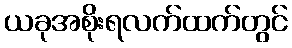
ယခုအစိုးရလက်ထက်တွင်